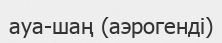
ауа-шаң (аэрогенді)